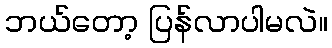
ဘယ်တော့ ပြန်လာပါမလဲ။